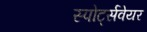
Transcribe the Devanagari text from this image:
स्पोर्ट्सवेयर